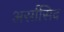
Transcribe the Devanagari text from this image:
अर्सासिद